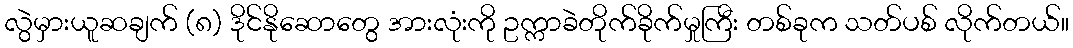
လွဲမှားယူဆချက် (၈) ဒိုင်နိုဆောတွေ အားလုံးကို ဥက္ကာခဲတိုက်ခိုက်မှုကြီး တစ်ခုက သတ်ပစ် လိုက်တယ်။